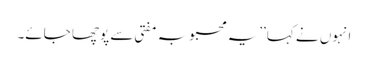
انہوں نے کہا’’یہ محبوبہ مفتی سے پوچھا جائے۔